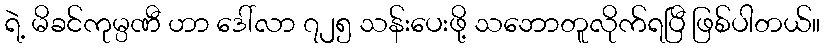
ရဲ့ မိခင်ကုမ္ပဏီ ဟာ ဒေါ်လာ ၇၂၅ သန်းပေးဖို့ သဘောတူလိုက်ရပြီ ဖြစ်ပါတယ်။